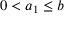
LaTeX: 0 < a _ { 1 } \leq b